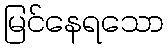
မြင်နေရသော